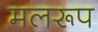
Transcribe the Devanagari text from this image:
मलरूप